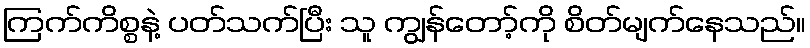
ကြက်ကိစ္စနဲ့ ပတ်သက်ပြီး သူ ကျွန်တော့်ကို စိတ်မျက်နေသည်။